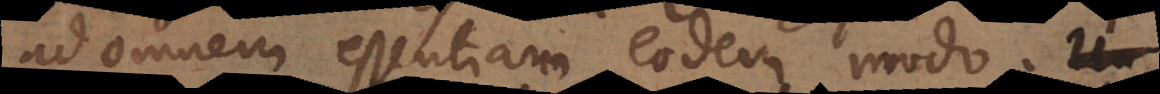
ad omnem essentiam eodem modo.